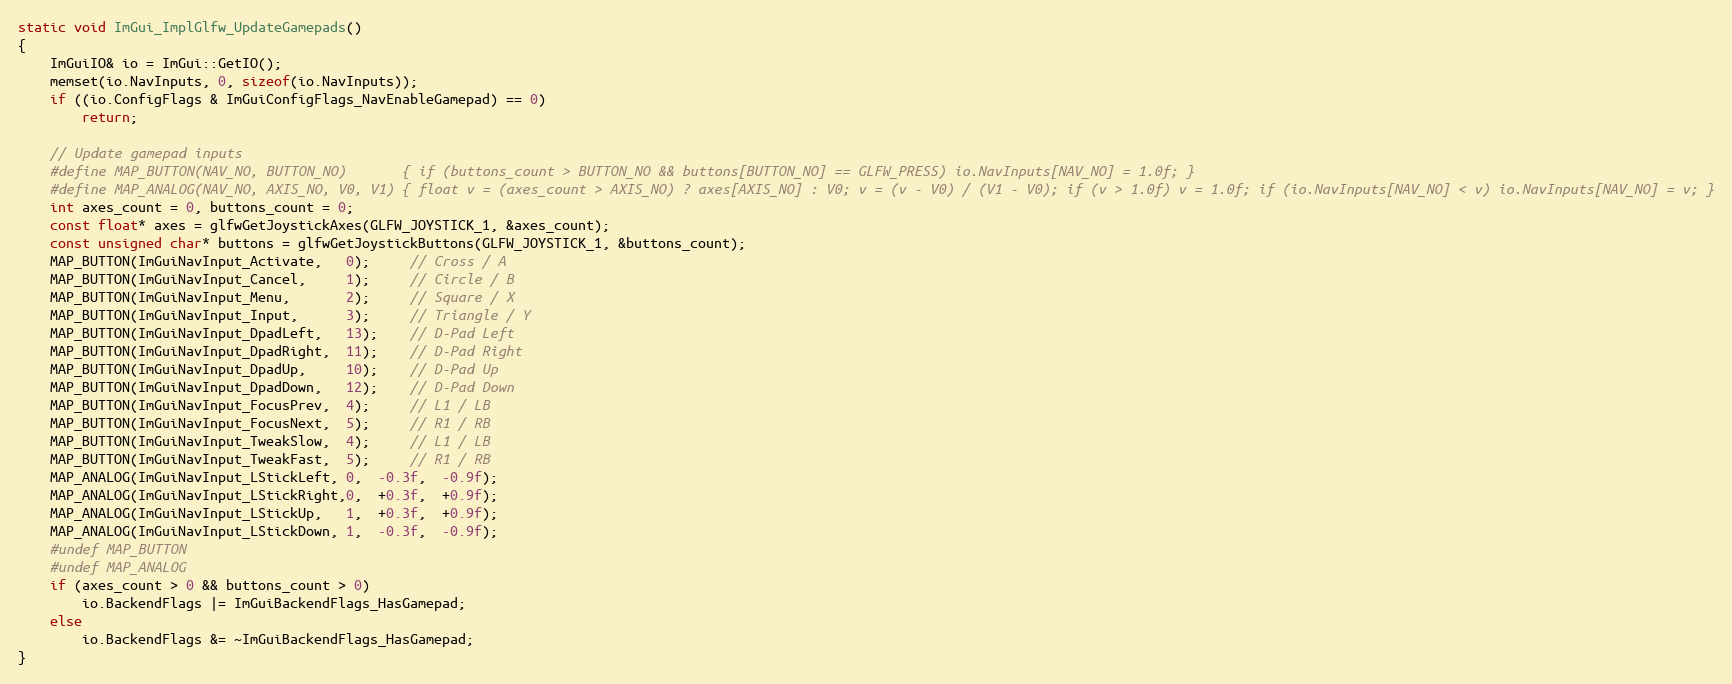
Language: C++
static void ImGui_ImplGlfw_UpdateGamepads()
{
    ImGuiIO& io = ImGui::GetIO();
    memset(io.NavInputs, 0, sizeof(io.NavInputs));
    if ((io.ConfigFlags & ImGuiConfigFlags_NavEnableGamepad) == 0)
        return;

    // Update gamepad inputs
    #define MAP_BUTTON(NAV_NO, BUTTON_NO)       { if (buttons_count > BUTTON_NO && buttons[BUTTON_NO] == GLFW_PRESS) io.NavInputs[NAV_NO] = 1.0f; }
    #define MAP_ANALOG(NAV_NO, AXIS_NO, V0, V1) { float v = (axes_count > AXIS_NO) ? axes[AXIS_NO] : V0; v = (v - V0) / (V1 - V0); if (v > 1.0f) v = 1.0f; if (io.NavInputs[NAV_NO] < v) io.NavInputs[NAV_NO] = v; }
    int axes_count = 0, buttons_count = 0;
    const float* axes = glfwGetJoystickAxes(GLFW_JOYSTICK_1, &axes_count);
    const unsigned char* buttons = glfwGetJoystickButtons(GLFW_JOYSTICK_1, &buttons_count);
    MAP_BUTTON(ImGuiNavInput_Activate,   0);     // Cross / A
    MAP_BUTTON(ImGuiNavInput_Cancel,     1);     // Circle / B
    MAP_BUTTON(ImGuiNavInput_Menu,       2);     // Square / X
    MAP_BUTTON(ImGuiNavInput_Input,      3);     // Triangle / Y
    MAP_BUTTON(ImGuiNavInput_DpadLeft,   13);    // D-Pad Left
    MAP_BUTTON(ImGuiNavInput_DpadRight,  11);    // D-Pad Right
    MAP_BUTTON(ImGuiNavInput_DpadUp,     10);    // D-Pad Up
    MAP_BUTTON(ImGuiNavInput_DpadDown,   12);    // D-Pad Down
    MAP_BUTTON(ImGuiNavInput_FocusPrev,  4);     // L1 / LB
    MAP_BUTTON(ImGuiNavInput_FocusNext,  5);     // R1 / RB
    MAP_BUTTON(ImGuiNavInput_TweakSlow,  4);     // L1 / LB
    MAP_BUTTON(ImGuiNavInput_TweakFast,  5);     // R1 / RB
    MAP_ANALOG(ImGuiNavInput_LStickLeft, 0,  -0.3f,  -0.9f);
    MAP_ANALOG(ImGuiNavInput_LStickRight,0,  +0.3f,  +0.9f);
    MAP_ANALOG(ImGuiNavInput_LStickUp,   1,  +0.3f,  +0.9f);
    MAP_ANALOG(ImGuiNavInput_LStickDown, 1,  -0.3f,  -0.9f);
    #undef MAP_BUTTON
    #undef MAP_ANALOG
    if (axes_count > 0 && buttons_count > 0)
        io.BackendFlags |= ImGuiBackendFlags_HasGamepad;
    else
        io.BackendFlags &= ~ImGuiBackendFlags_HasGamepad;
}